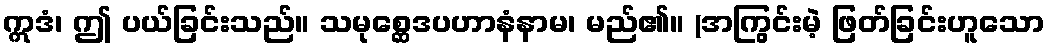
ဣဒံ၊ ဤ ပယ်ခြင်းသည်။ သမုစ္ဆေဒပဟာနံနာမ၊ မည်၏။ (အကြွင်းမဲ့ ဖြတ်ခြင်းဟူသော